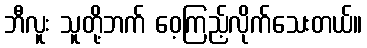
ဘီလူး သူတို့ဘက် ဝေ့ကြည့်လိုက်သေးတယ်။